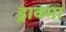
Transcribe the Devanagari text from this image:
ड्राक्मा